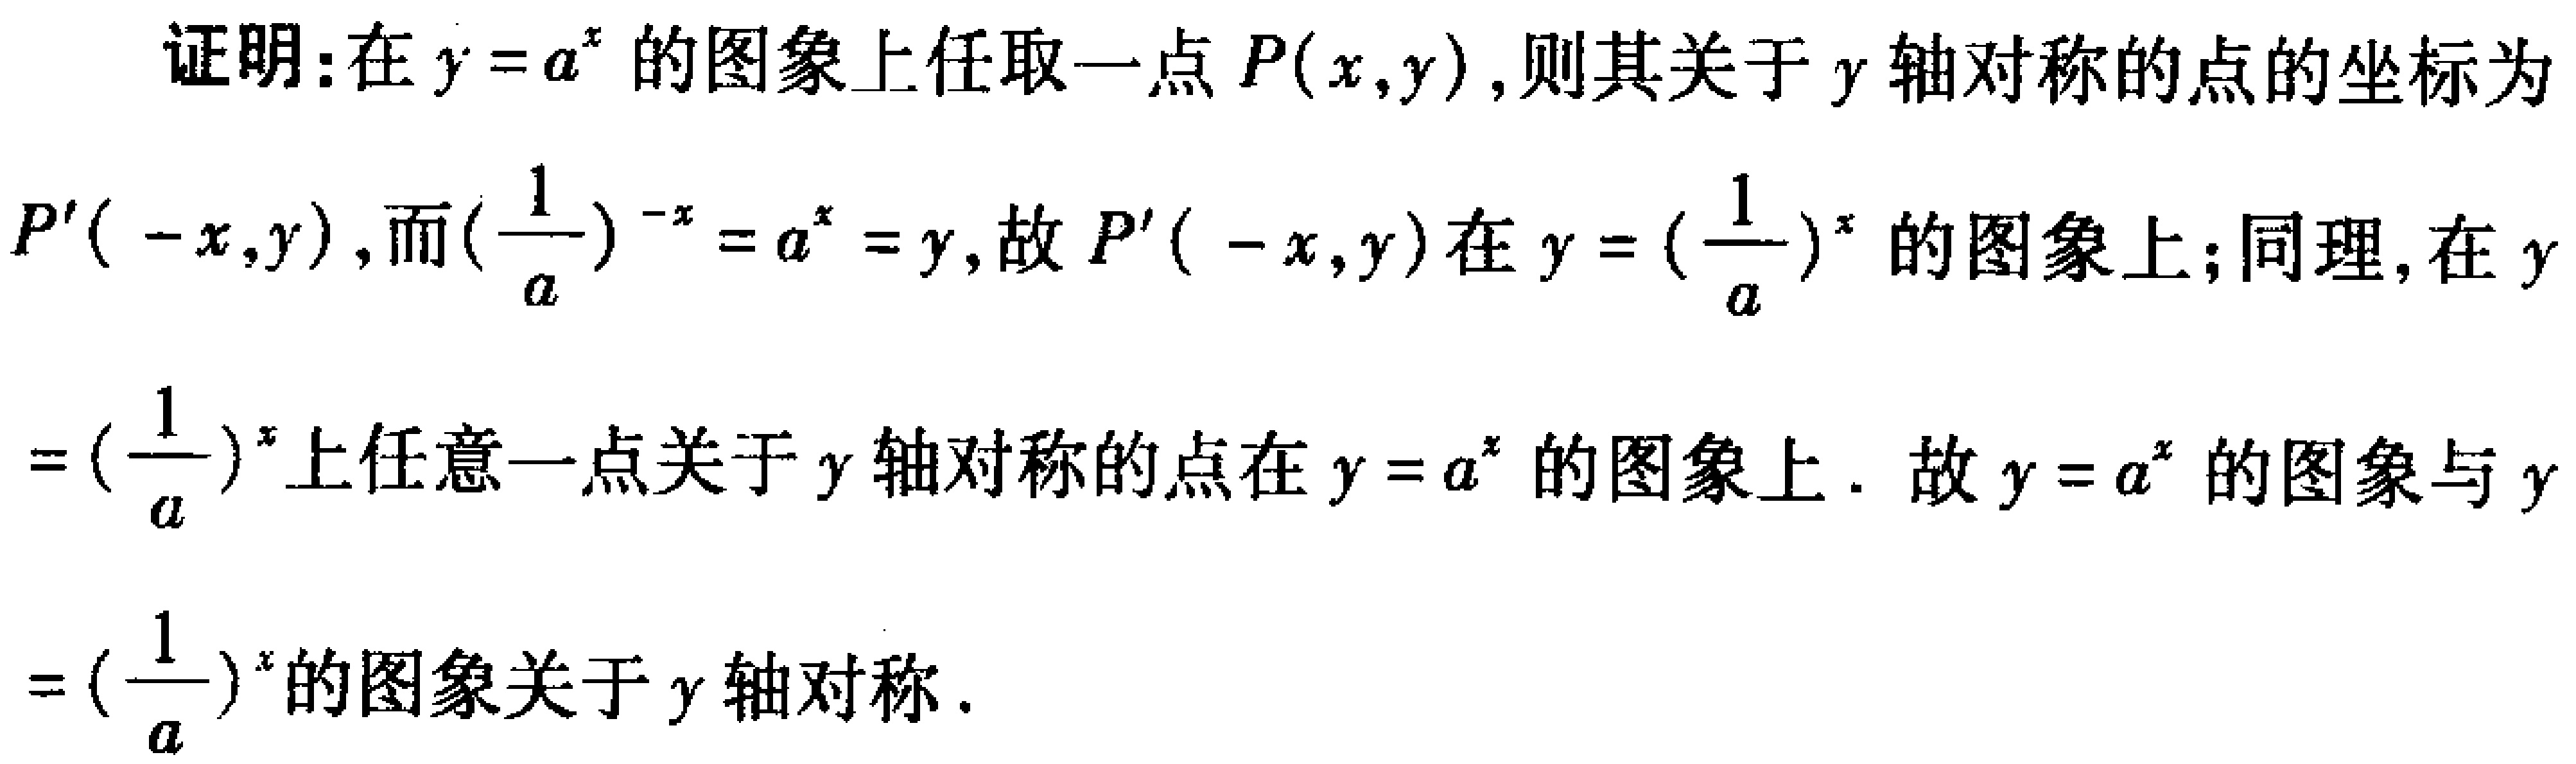
证明：在\(y = a^{x}\)的图象上任取一点\(P(x,y)\)，则其关于\(y\)轴对称的点的坐标为\(P'(-x,y)\)，而\((\frac{1}{a})^{-x}=a^{x}=y\)，故\(P'(-x,y)\)在\(y = (\frac{1}{a})^{x}\)的图象上；同理，在\(y = (\frac{1}{a})^{x}\)上任意一点关于\(y\)轴对称的点在\(y = a^{x}\)的图象上. 故\(y = a^{x}\)的图象与\(y = (\frac{1}{a})^{x}\)的图象关于\(y\)轴对称.